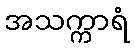
အသက္ကာရံ